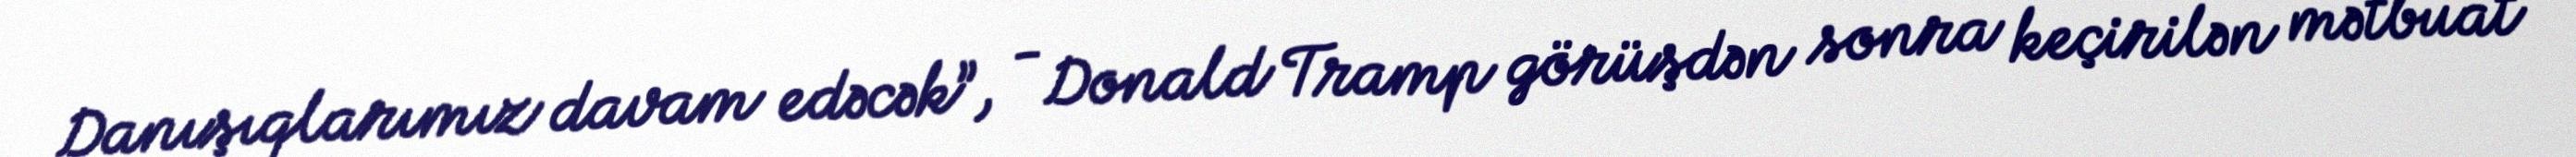
Danışıqlarımız davam edəcək”, - Donald Tramp görüşdən sonra keçirilən mətbuat